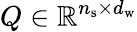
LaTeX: Q\in\mathbb{R}^{n_{\mathrm{s}}\times d_{\mathrm{w}}}